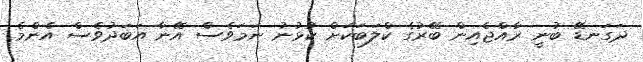
ދަގަނޑޭ ބުނީ ރާއްޖެއިން ބޭރުގެ ކްލަބަކަށް ކުޅުނު ނަމަވެސް އޭނާ އަބަދުވެސް އެންމެ